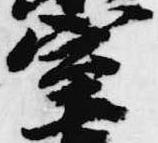
室